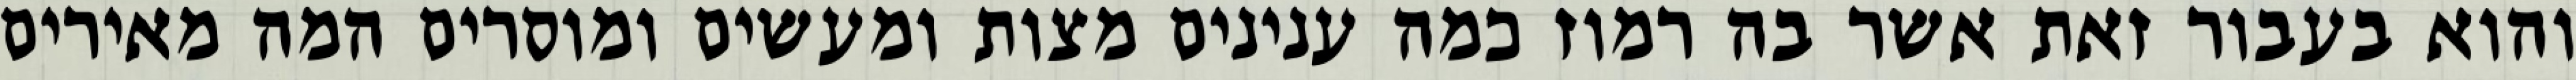
והוא בעבור זאת אשר בה רמוז כמה ענינים מצות ומעשים ומוסרים המה מאירים